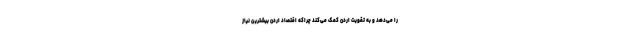
را می‌دهد و به تقویت اردن کمک می‌کند چراکه اقتصاد اردن بیشترین نیاز